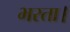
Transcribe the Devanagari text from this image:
भरता।